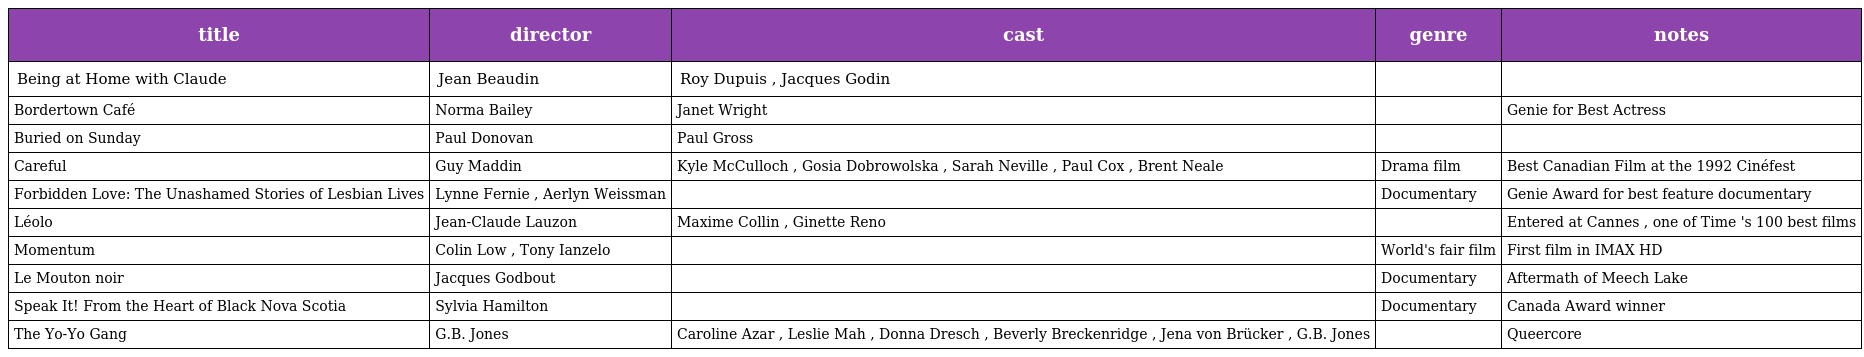
| title | director | cast | genre | notes |
 | --- | --- | --- | --- | --- |
 | Being at Home with Claude | Jean Beaudin | Roy Dupuis , Jacques Godin |  |  |
 | Bordertown Café | Norma Bailey | Janet Wright |  | Genie for Best Actress |
 | Buried on Sunday | Paul Donovan | Paul Gross |  |  |
 | Careful | Guy Maddin | Kyle McCulloch , Gosia Dobrowolska , Sarah Neville , Paul Cox , Brent Neale | Drama film | Best Canadian Film at the 1992 Cinéfest |
 | Forbidden Love: The Unashamed Stories of Lesbian Lives | Lynne Fernie , Aerlyn Weissman |  | Documentary | Genie Award for best feature documentary |
 | Léolo | Jean-Claude Lauzon | Maxime Collin , Ginette Reno |  | Entered at Cannes , one of Time 's 100 best films |
 | Momentum | Colin Low , Tony Ianzelo |  | World's fair film | First film in IMAX HD |
 | Le Mouton noir | Jacques Godbout |  | Documentary | Aftermath of Meech Lake |
 | Speak It! From the Heart of Black Nova Scotia | Sylvia Hamilton |  | Documentary | Canada Award winner |
 | The Yo-Yo Gang | G.B. Jones | Caroline Azar , Leslie Mah , Donna Dresch , Beverly Breckenridge , Jena von Brücker , G.B. Jones |  | Queercore |